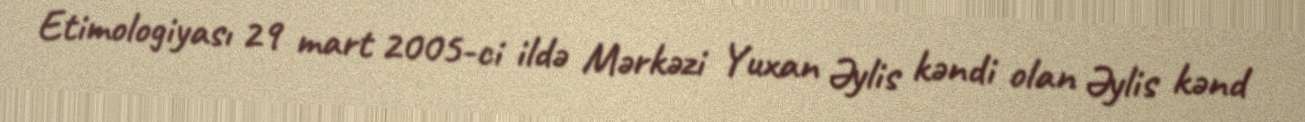
Etimologiyası 29 mart 2005-ci ildə Mərkəzi Yuxan Əylis kəndi olan Əylis kənd